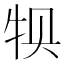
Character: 𰠱